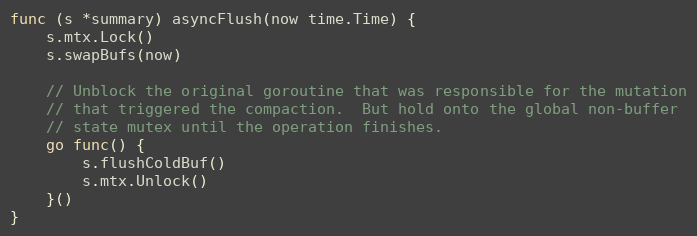
Language: Go
func (s *summary) asyncFlush(now time.Time) {
	s.mtx.Lock()
	s.swapBufs(now)

	// Unblock the original goroutine that was responsible for the mutation
	// that triggered the compaction.  But hold onto the global non-buffer
	// state mutex until the operation finishes.
	go func() {
		s.flushColdBuf()
		s.mtx.Unlock()
	}()
}